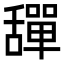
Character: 𦧴